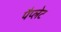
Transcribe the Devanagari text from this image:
पैप्लेट